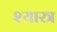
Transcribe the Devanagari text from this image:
श्यास्त्र